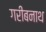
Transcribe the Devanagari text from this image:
गरीबनाथ